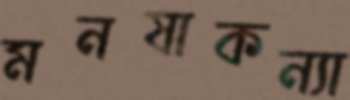
মনষাকন্যা